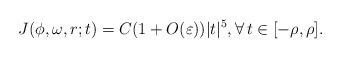
LaTeX: \begin{align*} J(\phi,\omega,r;t) = C(1 + O(\varepsilon)) |t|^5, \forall\, t\in[-\rho,\rho]. \end{align*}